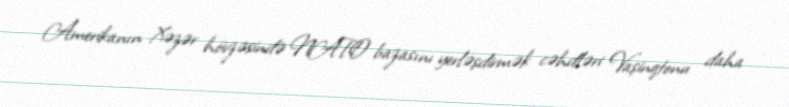
Amerikanın Xəzər hövzəsində NATO bazasını yerləşdirmək cəhdləri Vaşinqtonu daha